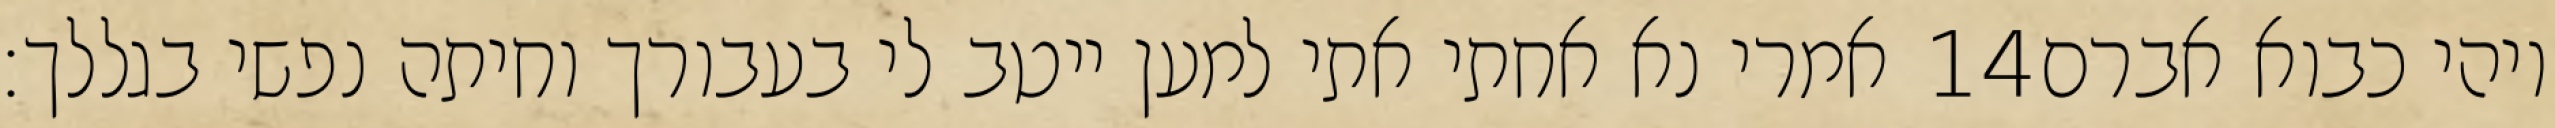
אמרי נא אחתי אתי למען ייטב לי בעבורך וחיתה נפשי בגללך׃ ‎14‏ ויהי כבוא אברם